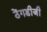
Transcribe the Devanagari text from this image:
ठेंगडीजी